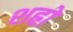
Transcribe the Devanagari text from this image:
शह्रो